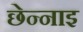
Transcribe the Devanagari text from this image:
छेन्नाइ